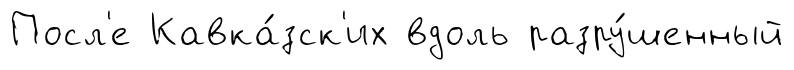
Посл'е Кавка́зск'их вдоль разру́шенный